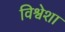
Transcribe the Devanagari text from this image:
विश्वेशा